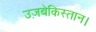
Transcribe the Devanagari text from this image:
उज़बेकिस्तान।